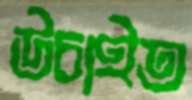
উচাইত